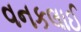
વનકલાઈ